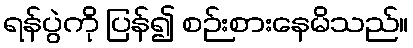
ရန်ပွဲကို ပြန်၍ စဉ်းစားနေမိသည်။